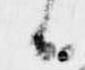
候